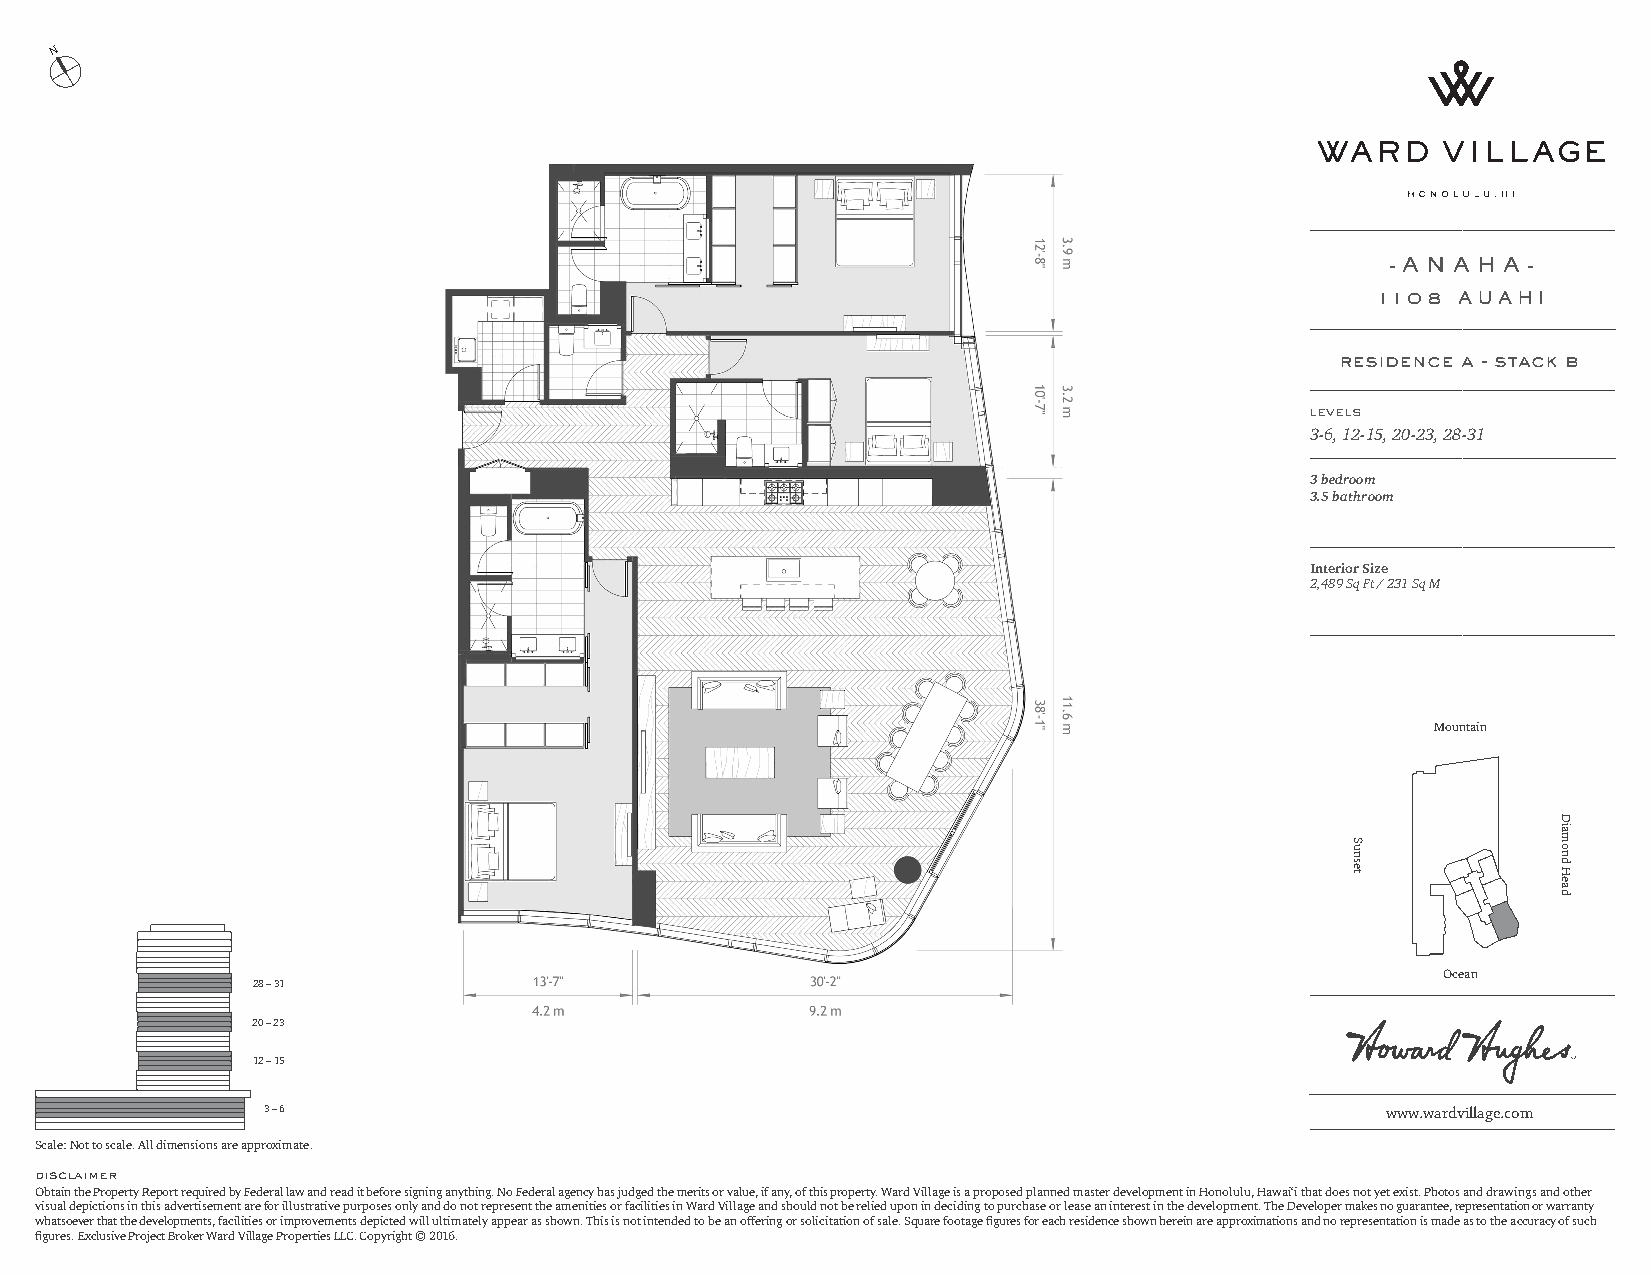
N
 - A N A H A -
 1108 AUAHI
 residence a - stack b
 levels
 3-6, 12-15, 20-23, 28-31
 3 bedroom
 3.5 bathroom
 Interior Size
 2,489 Sq Ft / 231 Sq M
 Mountain
 Ocean
 28 – 31
 20 – 23
 12 – 15
 3 – 6                                                                      www.wardvillage.com
 Scale: Not to scale. All dimensions are approximate.
 disclaimer
 Obtain the Property Report required by Federal law and read it before signing anything. No Federal agency has judged the merits or value, if any, of this property. Ward Village is a proposed planned master development in Honolulu, Hawai‘i that does not yet exist. Photos and drawings and other
 visual depictions in this advertisement are for illustrative purposes only and do not represent the amenities or facilities in Ward Village and should not be relied upon in deciding to purchase or lease an interest in the development. The Developer makes no guarantee, representation or warranty
 whatsoever that the developments, facilities or improvements depicted will ultimately appear as shown. This is not intended to be an offering or solicitation of sale. Square footage figures for each residence shown herein are approximations and no representation is made as to the accuracy of such
 figures. Exclusive Project Broker Ward Village Properties LLC. Copyright © 2016.
 Sunset
 Diamond
 Head